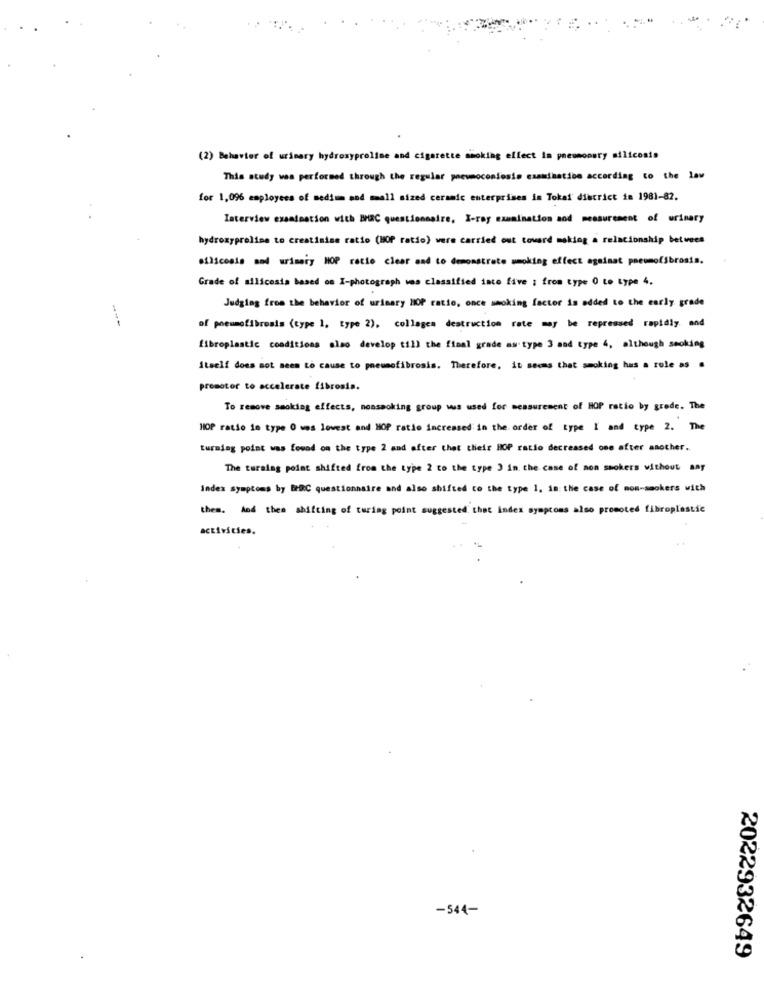
(2) Behavior of urinary hydroxyproline and cigarette smoking effect In pneumopery silicosis
This study was performed through the regular pneumoconiosis examination according to the law
for 1,096 employees of medium and small sized ceramic enterprises in Tokat' district in 1981-82.
Interview examination with BBC questionnaire, X-ray examination and measurement of urinary
hydroxyproline to creatinine ratio (HOP ratio) were carried out toward making a relationship between
silicosis and urimeiy HOP ratio clear and to demonstrate smoking effect againat pneumofibrosis.
Grade of silicosis based on I-photograph was classified into five : from type 0 to type 4.
Judging from the behavior of urinary HOP ratio, once smoking factor is added to the early grade
---
of premmofibrosis (type 1, type 2), collagen destruction rate may be repressed rapidly and
fibroplastic conditions also develop till the final grade as type 3 and type 4, although smoking
itself does not seem to cause to pneumofibrosis. Therefore, it seems that smoking has a role as .
promotor to accelerate fibrosis.
To remove smoking effects, nonsmoking group wus used for measurement of HOP ratio by grade. The
HOP ratio in type 0 was lowest and HOP ratio increased in the order of type I and type 2. The
turning point was found on the type 2 and after that their HOP ratio decreased one after another.
The turning point shifted from the type 2 to the type 3 in the case of non smokers without any
index symptoms by BHRC questionnaire and also shifted to the type 1, in: the case of non-smokers with
them. And then shitting of turing point suggested that index symptoms also promoted fibroplastic
activities.
-544-
2022932649